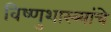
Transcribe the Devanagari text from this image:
विष्णुशास्त्र्यांचे